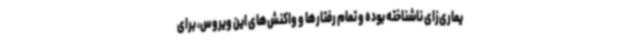
یماری‌زای ناشناخته بوده و تمام رفتارها و واکنش‌های این ویروس، برای